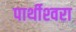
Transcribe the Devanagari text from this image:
पार्थीश्‍वरा